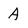
Character: A